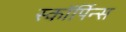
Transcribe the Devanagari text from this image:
स्कॉर्पिन्स